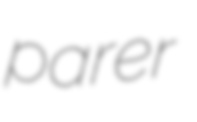
parer